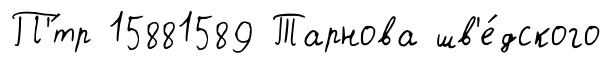
П'́тр 15881589 Тарнова шв'е́дского